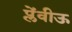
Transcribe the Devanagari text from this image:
प्लेंवीऊ